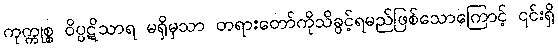
ကုက္ကုစ္စ ဝိပ္ပဋိသာရ မရှိမှသာ တရားတော်ကိုသိခွင့်ရမည်ဖြစ်သောကြောင့် ၎င်းရှိ